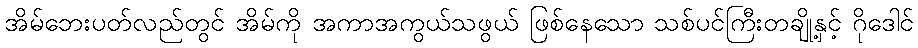
အိမ်ဘေးပတ်လည်တွင် အိမ်ကို အကာအကွယ်သဖွယ် ဖြစ်နေသော သစ်ပင်ကြီးတချို့နှင့် ဂိုဒေါင်